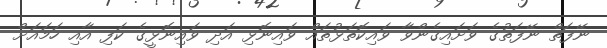
ނޭފަތް ނޭފަތުގެ ވަށައިގެންވާ ވައިކޮތަޅުތައް ވައިނޮޅި އަދި ވައިނޮޅީގެ ކަފި އާއި ހަމައަށް